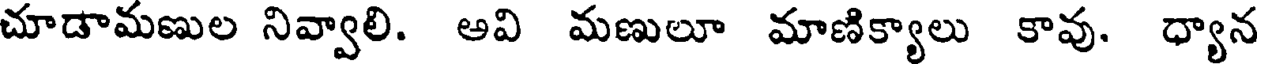
చూడామణుల నివ్వాలి. అవి మణులూ మాణిక్యాలు కావు. ధ్యాన